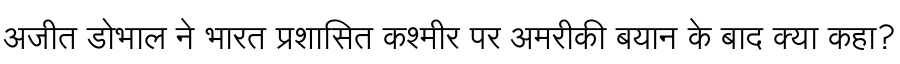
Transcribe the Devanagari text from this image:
अजीत डोभाल ने भारत प्रशासित कश्मीर पर अमरीकी बयान के बाद क्या कहा?